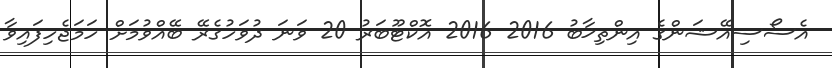
އެސޯސިއޭޝަންގެ އިންތިޚާބު 2016 2016 އޮކްޓޫބަރު 20 ވަނަ ދުވަހުގެރޭ ބޭއްވުމަށް ހަމަޖެހިފައިވާ